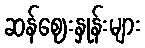
ဆန်ဈေးနှုန်းများ